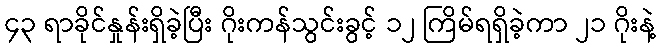
၄၃ ရာခိုင်နှုန်းရှိခဲ့ပြီး ဂိုးကန်သွင်းခွင့် ၁၂ ကြိမ်ရရှိခဲ့ကာ ၂၁ ဂိုးနဲ့